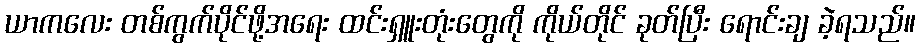
ယာကလေး တစ်ကွက်ပိုင်ဖို့အရေး ထင်းရှူးတုံးတွေကို ကိုယ်တိုင် ခုတ်ပြီး ရောင်းချ ခဲ့ရသည်။